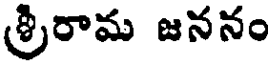
శ్రీరామ జననం